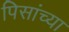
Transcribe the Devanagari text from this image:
पिसांच्या